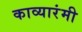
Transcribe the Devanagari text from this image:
काव्यारंमी